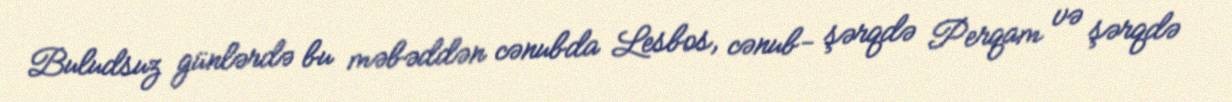
Buludsuz günlərdə bu məbəddən cənubda Lesbos, cənub- şərqdə Perqam və şərqdə